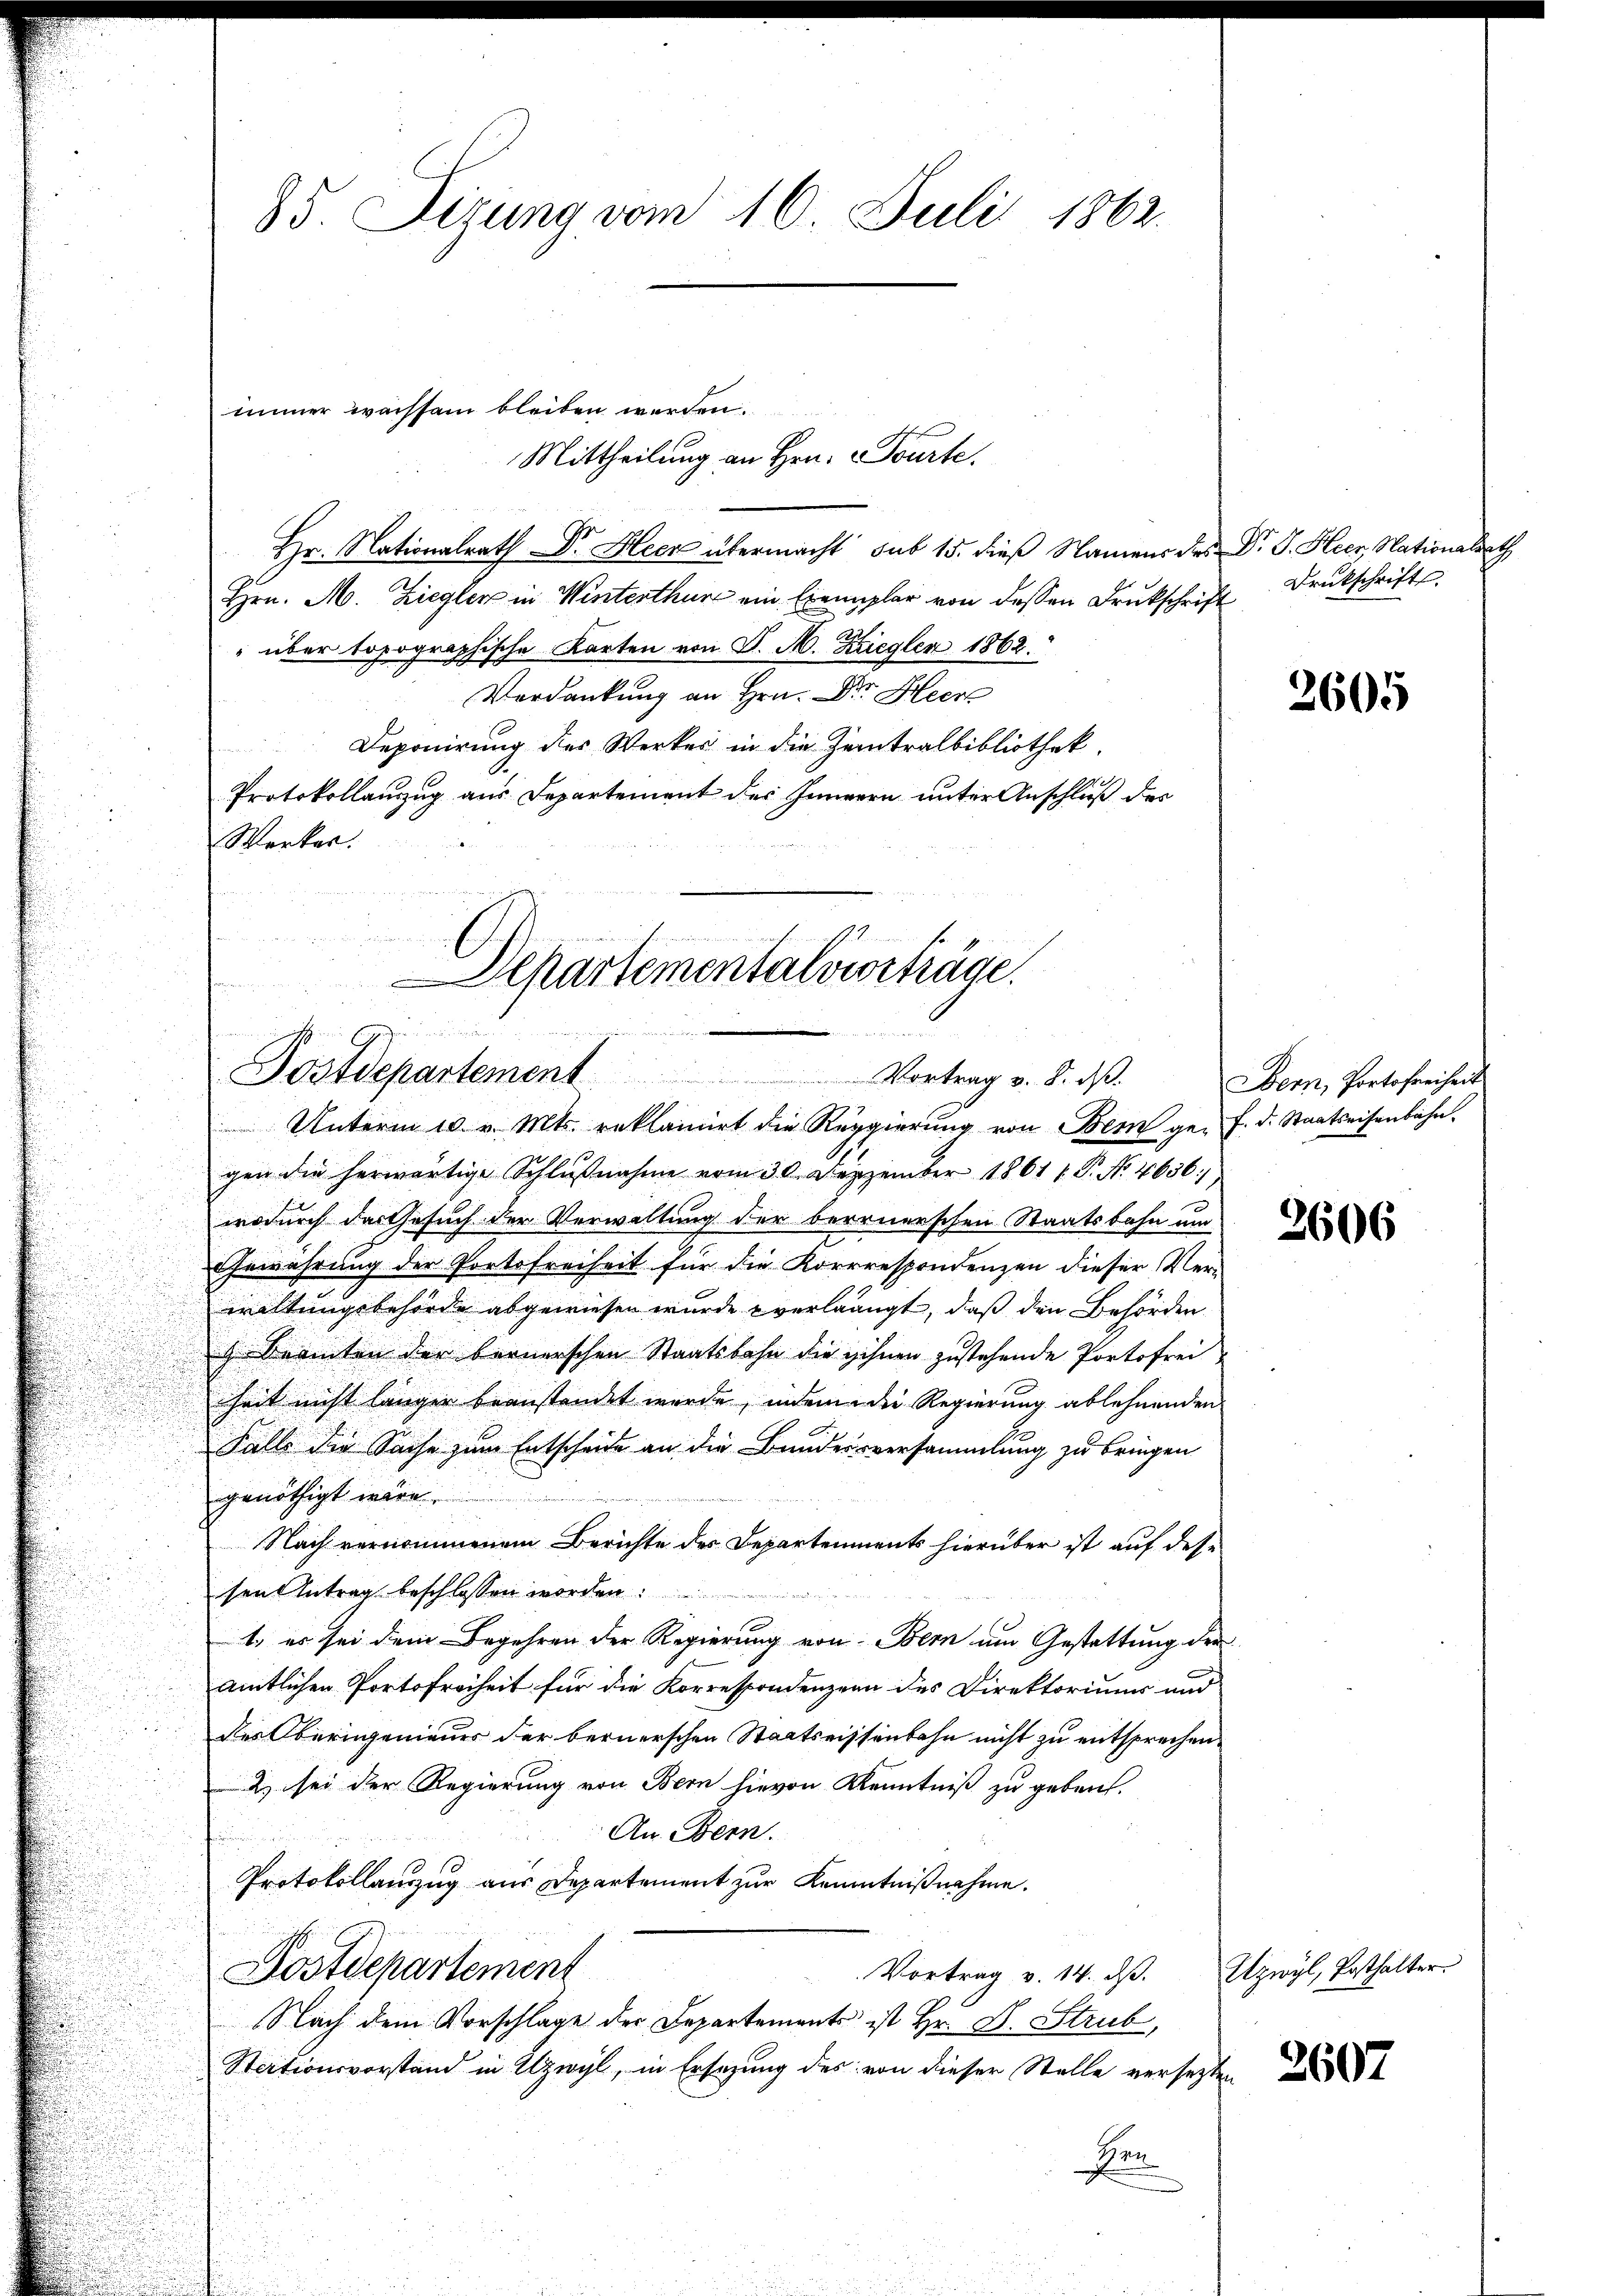
Mittheilung an Hrn. Tourte.
Hr. Nationalrath Dr. Heer übermacht sub 15. dieß Namens des Dr. J. Heer, Nationalrath
Hrn. M. Ziegler in Winterthur ein Exemplar von dessen Druckschrift
" über topographische Karten von P. M. Ziegler 1862.
Verdankung an Hrn. Dr. Heere
Deponirung des Werker in die Zeintralbibliothek.
Protokollauszug aus Departement des Inneren unter Anschluß des
Werker.

85. Sizung vom 16. Juli 1862.

immer wachsam bleiben werden.

Departementalverträge.
Gewere es gehen
  da ein
Postdepartement Vortrag v. 8. ds.

Druckschrift

Unterm 10. v. Mts. reklamirt die Regierung von Bern ge- f. d. Staatseisenbahn.
gen die herwärtige Schlŭβnahme vom 30. Dezember 1861 f. P. Nr. 4636,
u
wodurch das Gesuch der Verwaltung der bereuerschen Staatsbahn um
Gewährung der Portofreiheit für die Korrrespondenzen dieser Verwaltungsbehörde abgewiesen wurde verlangt, daß den Behörden.
 Beamten der bernerschen Staatsbahn die ihnen zustehende Portofrei
heit nicht länger beanstandet wurde, indem die Regierung ablehnenden
Falle die Sache zum Entscheide an die Bundesversammlung zu bringen
F
genöthigt wäre.
Nach vernommenem Berichte des Departenments hierüber ist auf desse
sen Antrag beschlossen worden:
t es sei dem Begehren der Regierung von Bern um Gestattung der
amtlichen Portofreiheit für die Korrespondenzen des Direktoriums und
des Oberingenieurs der bernerschen Staatswissenbahn nicht zu entsprechen.
2) sei der Regierung von Bern hievon Kenntniß zu geben.
An. Bern.
Protokollauszug aus Departement zur Kenntnißnahme.
Postdepartement
Vortrag v. 14. dβ. Atzwyl, Kathalter.
Nach dem Vorschlage der Departements ist Hr. D. Strub,
Stationsvorstand in Uzwyl, in Ersezung des von dieser Stelle versetzten
Fen

2605

Bem, Portofreiheit

3606

2607